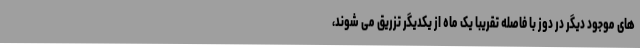
های موجود دیگر در دوز با فاصله تقریبا یک ماه از یکدیگر تزریق می شوند،